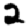
Digit: 2